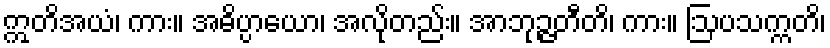
ဣတိအယံ၊ ကား။ အဓိပ္ပာယော၊ အလိုတည်း။ အာဘုဉ္ဇတီတိ၊ ကား။ ဩပသက္ကတိ၊